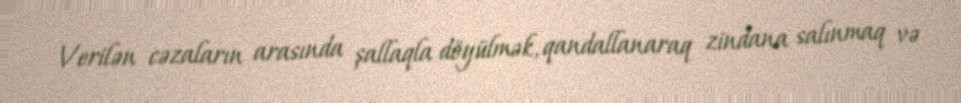
Verilən cəzaların arasında şallaqla döyülmək, qandallanaraq zindana salınmaq və